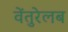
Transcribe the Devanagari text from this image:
वेंतुरेलब